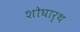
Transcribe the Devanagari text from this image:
शोघार्थ